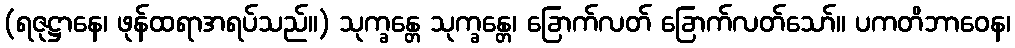
(ရဇုဋ္ဌာနေ၊ ဖုန်ထရာအရပ်သည်။) သုက္ခန္တေ သုက္ခန္တေ၊ ခြောက်လတ် ခြောက်လတ်သော်။ ပကတိဘာဝေန၊